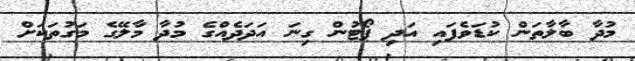
މުދާ ބާލާތަން ކުޑަވެފައި އަދި ޕޯޓުން ގިނަ އަދަދެއްގެ މުދާ މާލޭގެ މަގުތަކަށް